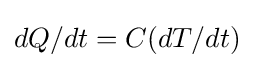
dQ/dt=C(dT/dt)